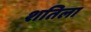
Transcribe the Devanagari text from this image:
शतिला